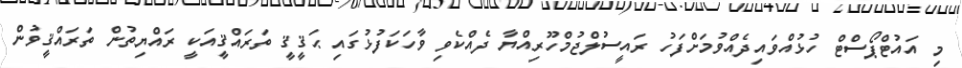
މި އައުޓްޕޯސްޓް ހުޅުއްވައިދެއްވުމަށްފަހު ރައީސުލްޖުމްހޫރިއްޔާ ދެއްކެވި ވާހަކަފުޅުގައި ޙަޤީޤީ ތަރައްޤީއަކީ ރައްޔިތުން ތަރައްޤީވުން